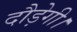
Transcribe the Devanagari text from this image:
दौड़ेगी।